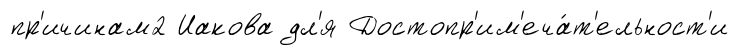
пр'ичинам2 Иакова дл'я Достопр'им'еча́т'ельност'и